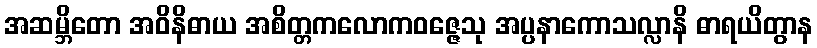
အဆမ္ဘိတော အဝိနိဓာယ အစိတ္တကလောကဝဇ္ဇေသု အပ္ပနာကောသလ္လာနိ ဓာရယိတွာန